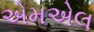
એમએલ